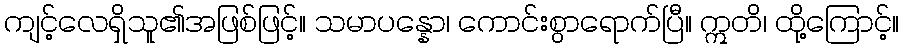
ကျင့်လေရှိသူ၏အဖြစ်ဖြင့်။ သမာပန္နော၊ ကောင်းစွာရောက်ပြီ။ ဣတိ၊ ထို့ကြောင့်။